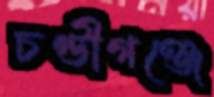
চণ্ডীগঞ্জে